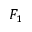
F _ { 1 }